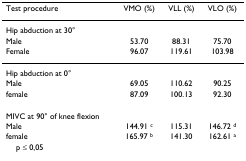
<table><thead><tr><td><b>Test procedure</b></td><td><b>VMO (%)</b></td><td><b>VLL (%)</b></td><td><b>VLO (%)</b></td></tr></thead><tbody><tr><td>Hip abduction at 30°</td><td></td><td></td><td></td></tr><tr><td>Male</td><td>53.70</td><td>88.31</td><td>75.70</td></tr><tr><td>Female</td><td>96.07</td><td>119.61</td><td>103.98</td></tr><tr><td>Hip abduction at 0°</td><td></td><td></td><td></td></tr><tr><td>Male</td><td>69.05</td><td>110.62</td><td>90.25</td></tr><tr><td>female</td><td>87.09</td><td>100.13</td><td>92.30</td></tr><tr><td>MIVC at 90° of knee flexion</td><td></td><td></td><td></td></tr><tr><td>Male</td><td>144.91 <sup>c</sup></td><td>115.31</td><td>146.72 <sup>d</sup></td></tr><tr><td>female</td><td>165.97 <sup>b</sup></td><td>141.30</td><td>162.61 <sup>a</sup></td></tr><tr><td> p ≤ 0,05</td><td></td><td></td><td></td></tr></tbody></table>